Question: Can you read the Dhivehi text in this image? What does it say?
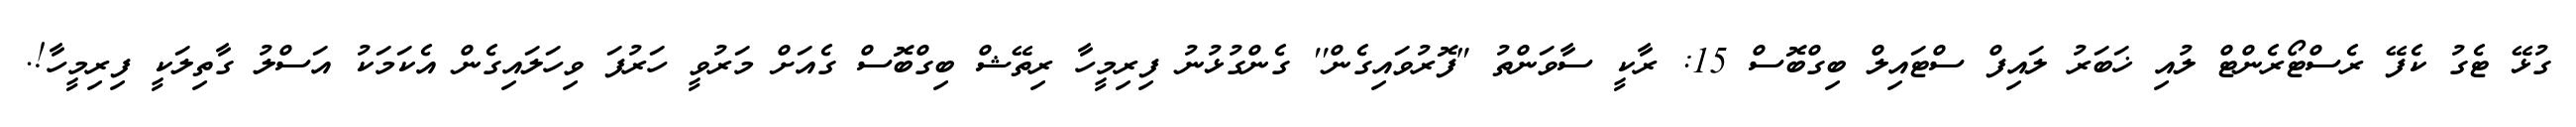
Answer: ގުޅޭ ޓެގު ކެފޭ ރެސްޓޯރެންޓް ލުއި ޚަބަރު ލައިފް ސްޓައިލް ބިގްބޮސް 15: ރާކީ ސާވަންތު "ފޮރުވައިގެން'' ގެންގުޅުނު ފިރިމީހާ ރިތޭޝް ބިގްބޮސް ގެއަށް މަރުވީ ހަރުފަ ވިހަލައިގެން އެކަމަކު އަސްލު ގާތިލަކީ ފިރިމީހާ!.